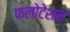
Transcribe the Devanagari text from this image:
फ्लोटेशन